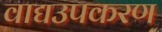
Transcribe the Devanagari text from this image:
वाद्यउपकरण